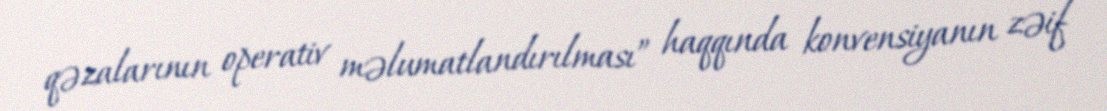
qəzalarının operativ məlumatlandırılması” haqqında konvensiyanın zəif